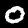
Digit: 0